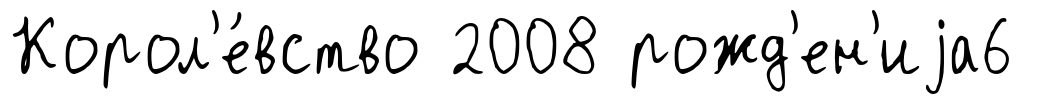
Корол'е́вство 2008 рожд'ен'иjа6